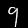
Label: 9